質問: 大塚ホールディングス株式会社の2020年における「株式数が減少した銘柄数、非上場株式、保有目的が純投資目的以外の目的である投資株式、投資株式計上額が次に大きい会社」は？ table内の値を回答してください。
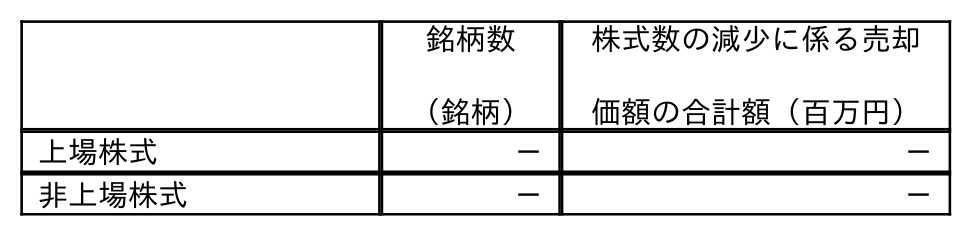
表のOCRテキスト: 銘柄数 （銘柄） 株式数の減少に係る売却 価額の合計額（百万円） 上場株式 － － 非上場株式 － －
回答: －